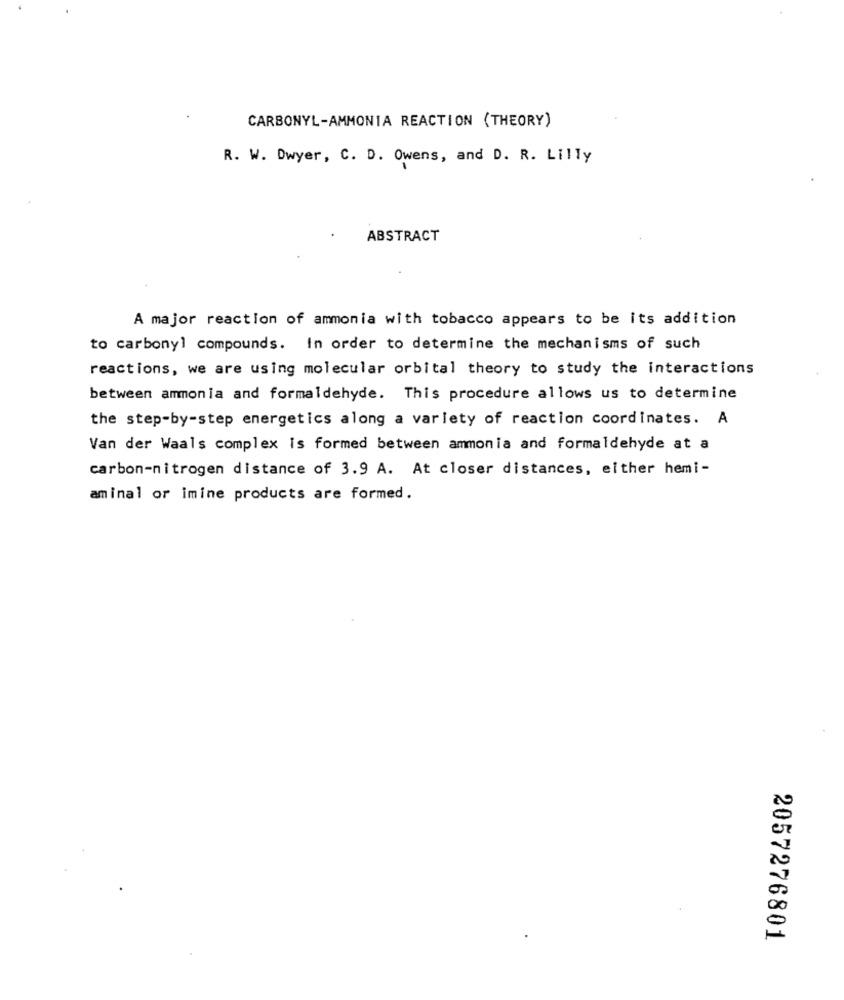
CARBONYL-AMMONIA REACTION (THEORY)
R. W. Dwyer, C. D. Owens, and D. R. Lilly
ABSTRACT
A major reaction of ammonia with tobacco appears to be its addition
to carbonyl compounds. In order to determine the mechanisms of such
reactions, we are using molecular orbital theory to study the interactions
between ammonia and formaldehyde. This procedure allows us to determine
the step-by-step energetics along a variety of reaction coordinates. A
Van der Waals complex is formed between ammonia and formaldehyde at a
carbon-nitrogen distance of 3.9 A. At closer distances, either hemi-
aminal or imine products are formed.
2057276801